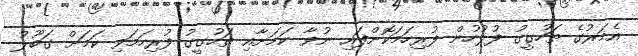
އެމަރުގެ ތަހުގީގު ފުލުހުން ފުރިހަމަކޮށްފައި ނުވާ ކަމަށާއި ތަހުގީގު ފުރިހަމަވި ކަމަށް ގަބޫލު